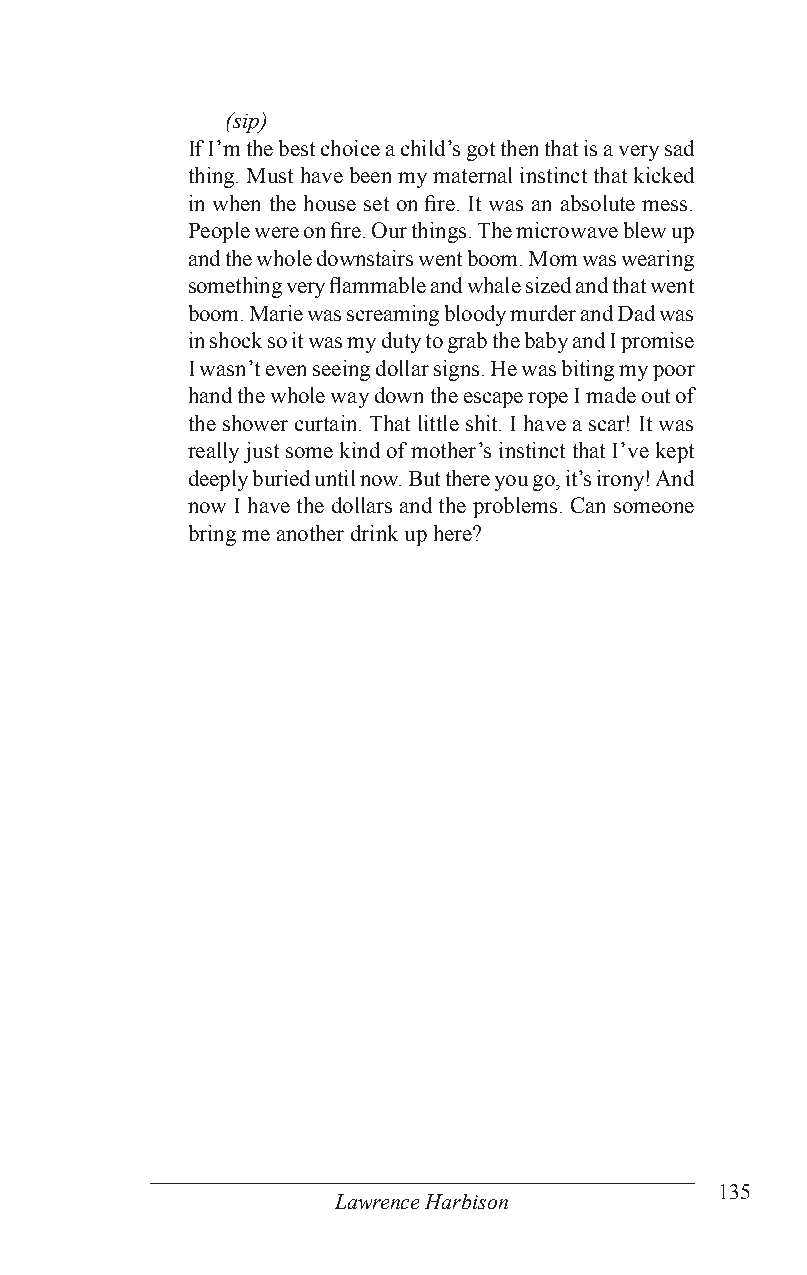
(sip)
 If I’m the best choice a child’s got then that is a very sad
 thing. Must have been my maternal instinct that kicked
 in when the house set on fire. It was an absolute mess.
 People were on fire. Our things. The microwave blew up
 and the whole downstairs went boom. Mom was wearing
 something very flammable and whale sized and that went
 boom. Marie was screaming bloody murder and Dad was
 in shock so it was my duty to grab the baby and I promise
 I wasn’t even seeing dollar signs. He was biting my poor
 hand the whole way down the escape rope I made out of
 the shower curtain. That little shit. I have a scar! It was
 really just some kind of mother’s instinct that I’ve kept
 deeply buried until now. But there you go, it’s irony! And
 now I have the dollars and the problems. Can someone
 bring me another drink up here?
 135
 Lawrence Harbison